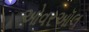
ઓવરઑલ